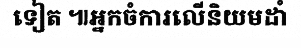
ទៀត ៕អ្នកចំការលើនិយមដាំ